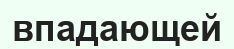
впадающей